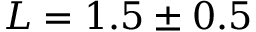
L = 1 . 5 \pm 0 . 5